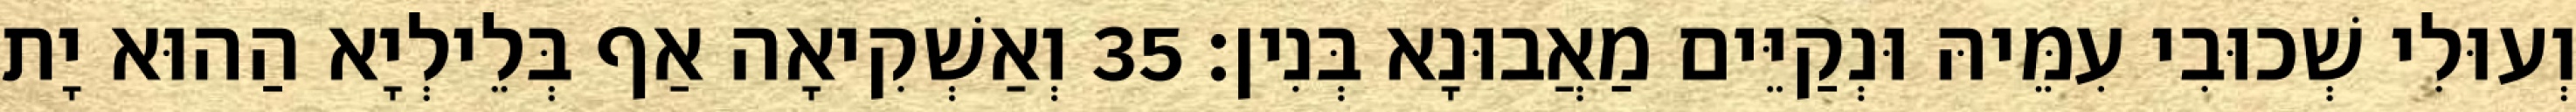
וְעוּלִי שְׁכוּבִי עִמֵּיהּ וּנְקַיֵּים מַאֲבוּנָא בְּנִין׃ 35 וְאַשְׁקִיאָה אַף בְּלֵילְיָא הַהוּא יָת